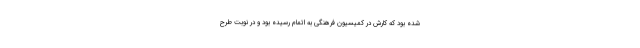
شده بود که کارش در کمیسیون فرهنگی به اتمام رسیده بود و در نوبت طرح